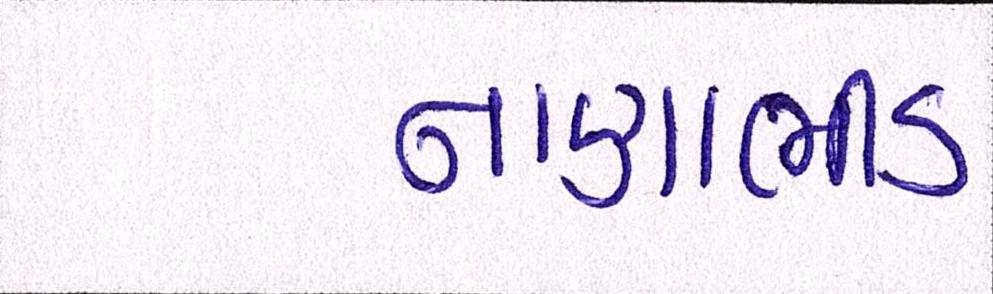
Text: નાણાભીડ